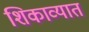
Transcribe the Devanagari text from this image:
शिकाव्यात